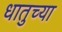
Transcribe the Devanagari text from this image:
धातुच्या